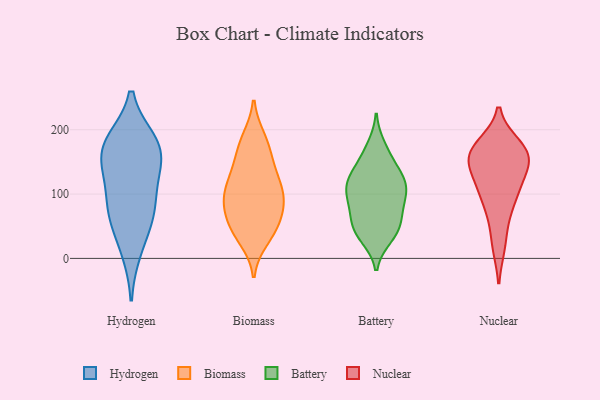
{"axis": {"x": "Active Users", "y": "Value"}, "legend": ["Battery", "Biomass", "Hydrogen", "Nuclear"], "data": [{"x": "", "y": 178, "type": "Hydrogen"}, {"x": "", "y": 143, "type": "Hydrogen"}, {"x": "", "y": 181, "type": "Hydrogen"}, {"x": "", "y": 117, "type": "Hydrogen"}, {"x": "", "y": 62, "type": "Hydrogen"}, {"x": "", "y": 157, "type": "Hydrogen"}, {"x": "", "y": 13, "type": "Hydrogen"}, {"x": "", "y": 176, "type": "Hydrogen"}, {"x": "", "y": 79, "type": "Hydrogen"}, {"x": "", "y": 72, "type": "Hydrogen"}, {"x": "", "y": 92, "type": "Biomass"}, {"x": "", "y": 43, "type": "Biomass"}, {"x": "", "y": 163, "type": "Biomass"}, {"x": "", "y": 79, "type": "Biomass"}, {"x": "", "y": 99, "type": "Biomass"}, {"x": "", "y": 30, "type": "Biomass"}, {"x": "", "y": 116, "type": "Biomass"}, {"x": "", "y": 132, "type": "Biomass"}, {"x": "", "y": 68, "type": "Biomass"}, {"x": "", "y": 186, "type": "Biomass"}, {"x": "", "y": 47, "type": "Biomass"}, {"x": "", "y": 44, "type": "Biomass"}, {"x": "", "y": 101, "type": "Biomass"}, {"x": "", "y": 183, "type": "Biomass"}, {"x": "", "y": 118, "type": "Biomass"}, {"x": "", "y": 80, "type": "Biomass"}, {"x": "", "y": 151, "type": "Biomass"}, {"x": "", "y": 39, "type": "Battery"}, {"x": "", "y": 124, "type": "Battery"}, {"x": "", "y": 106, "type": "Battery"}, {"x": "", "y": 87, "type": "Battery"}, {"x": "", "y": 56, "type": "Battery"}, {"x": "", "y": 120, "type": "Battery"}, {"x": "", "y": 105, "type": "Battery"}, {"x": "", "y": 124, "type": "Battery"}, {"x": "", "y": 174, "type": "Battery"}, {"x": "", "y": 33, "type": "Battery"}, {"x": "", "y": 61, "type": "Battery"}, {"x": "", "y": 122, "type": "Battery"}, {"x": "", "y": 38, "type": "Battery"}, {"x": "", "y": 87, "type": "Battery"}, {"x": "", "y": 162, "type": "Battery"}, {"x": "", "y": 145, "type": "Battery"}, {"x": "", "y": 90, "type": "Battery"}, {"x": "", "y": 54, "type": "Battery"}, {"x": "", "y": 21, "type": "Nuclear"}, {"x": "", "y": 130, "type": "Nuclear"}, {"x": "", "y": 108, "type": "Nuclear"}, {"x": "", "y": 168, "type": "Nuclear"}, {"x": "", "y": 100, "type": "Nuclear"}, {"x": "", "y": 152, "type": "Nuclear"}, {"x": "", "y": 160, "type": "Nuclear"}, {"x": "", "y": 175, "type": "Nuclear"}, {"x": "", "y": 158, "type": "Nuclear"}, {"x": "", "y": 70, "type": "Nuclear"}]}